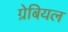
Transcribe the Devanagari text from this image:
ग्रेबियल